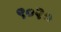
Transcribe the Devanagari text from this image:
९०२०